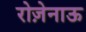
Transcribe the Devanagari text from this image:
रोज़ेनाऊ